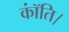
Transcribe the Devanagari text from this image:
कॉंति।